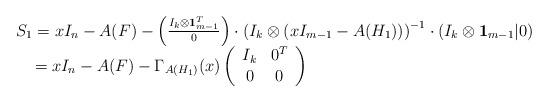
LaTeX: \begin{align*}\begin{array}{l} S_1 = xI_n - A(F) - \left( {\frac{{I_k \otimes \textbf{1}_{m - 1}^T }}{0}} \right)\cdot \left( {I_k \otimes (xI_{m - 1} - A(H_1 ))} \right)^{ - 1} \cdot(I_k \otimes \textbf{1}_{m - 1} |0) \\ \;\;\;\; = xI_n - A(F) - \Gamma _{A(H_1 )} (x)\left( {\begin{array}{*{20}c} {I_k } & {0^T } \\ 0 & 0 \\\end{array}} \right) \\ \end{array}\end{align*}